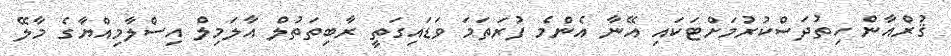
ޤުރްއާން ހިތުދަސްކުރުމަށްޓަކައި އޭނާ އެންމެ ފުރަތަމަ ވަޑައިގަތީ ރާބިތަތުލް އާލަމިލް އިސްލާމިއްޔާގެ މާލޭ